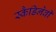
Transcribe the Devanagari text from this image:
स्कैडिनेवी